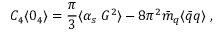
C _ { 4 } \langle 0 _ { 4 } \rangle = \frac { \pi } { 3 } \langle \alpha _ { s } \; G ^ { 2 } \rangle - 8 \pi ^ { 2 } \bar { m } _ { q } \langle \bar { q } q \rangle \; ,